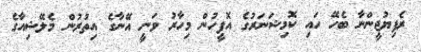
ރެފިޔުޖީންނާ ބެހޭ ހައި ކޮމިޝަނަރުގެ އޮފީހުން މިހާރު ވަނީ އޭނާގެ އިތުރުން މެލޭޝިއާގެ